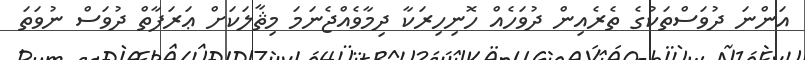
އަންނަ ދުވަސްތަކުގެ ތެރެއިން ދުވަހެއް ހޮނިހިރަކާ ދިމާވެއްޖެނަމަ މިޘާލަކަށް ޢަރަފާތް ދުވަސް ނުވަތަ